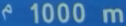
1000m